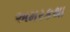
અમરકથા